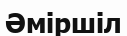
Әміршіл